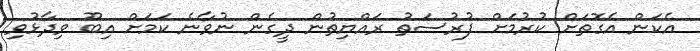
އެކަން އެގޮތަށް ކުރުމަށް ފުރުސަތު ރައްޔިތުން ދީގެން ނުވާނެ ކަމަށް އިބޫ ވިދާޅުވި